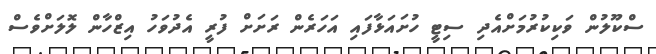
ސްކޫލުން ވަކިކުރުމަށްއެދި ސިޓީ ހުށައަޅާފައި އަހަރެން ރަށަށް ފުރީ އެދުވަހު އިޒްހާން ލޮލަށްވެސް